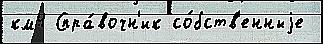
км4 Спра́вочн'ик со́бств'енныjе